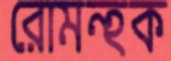
রোমন্হক